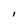
Character: I